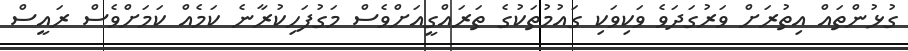
ގުޅުންތައް އިތުރަށް ވަރުގަދަވެ ވަކިވަކި ގައުމުތަކުގެ ތަރައްގީއަށްވެސް މަގުފަހިކުރާނެ ކަމެއް ކަމަށްވެސް ރައީސް